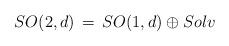
LaTeX: \begin{align*}SO(2,d)\, =\, SO(1,d)\oplus Solv\end{align*}